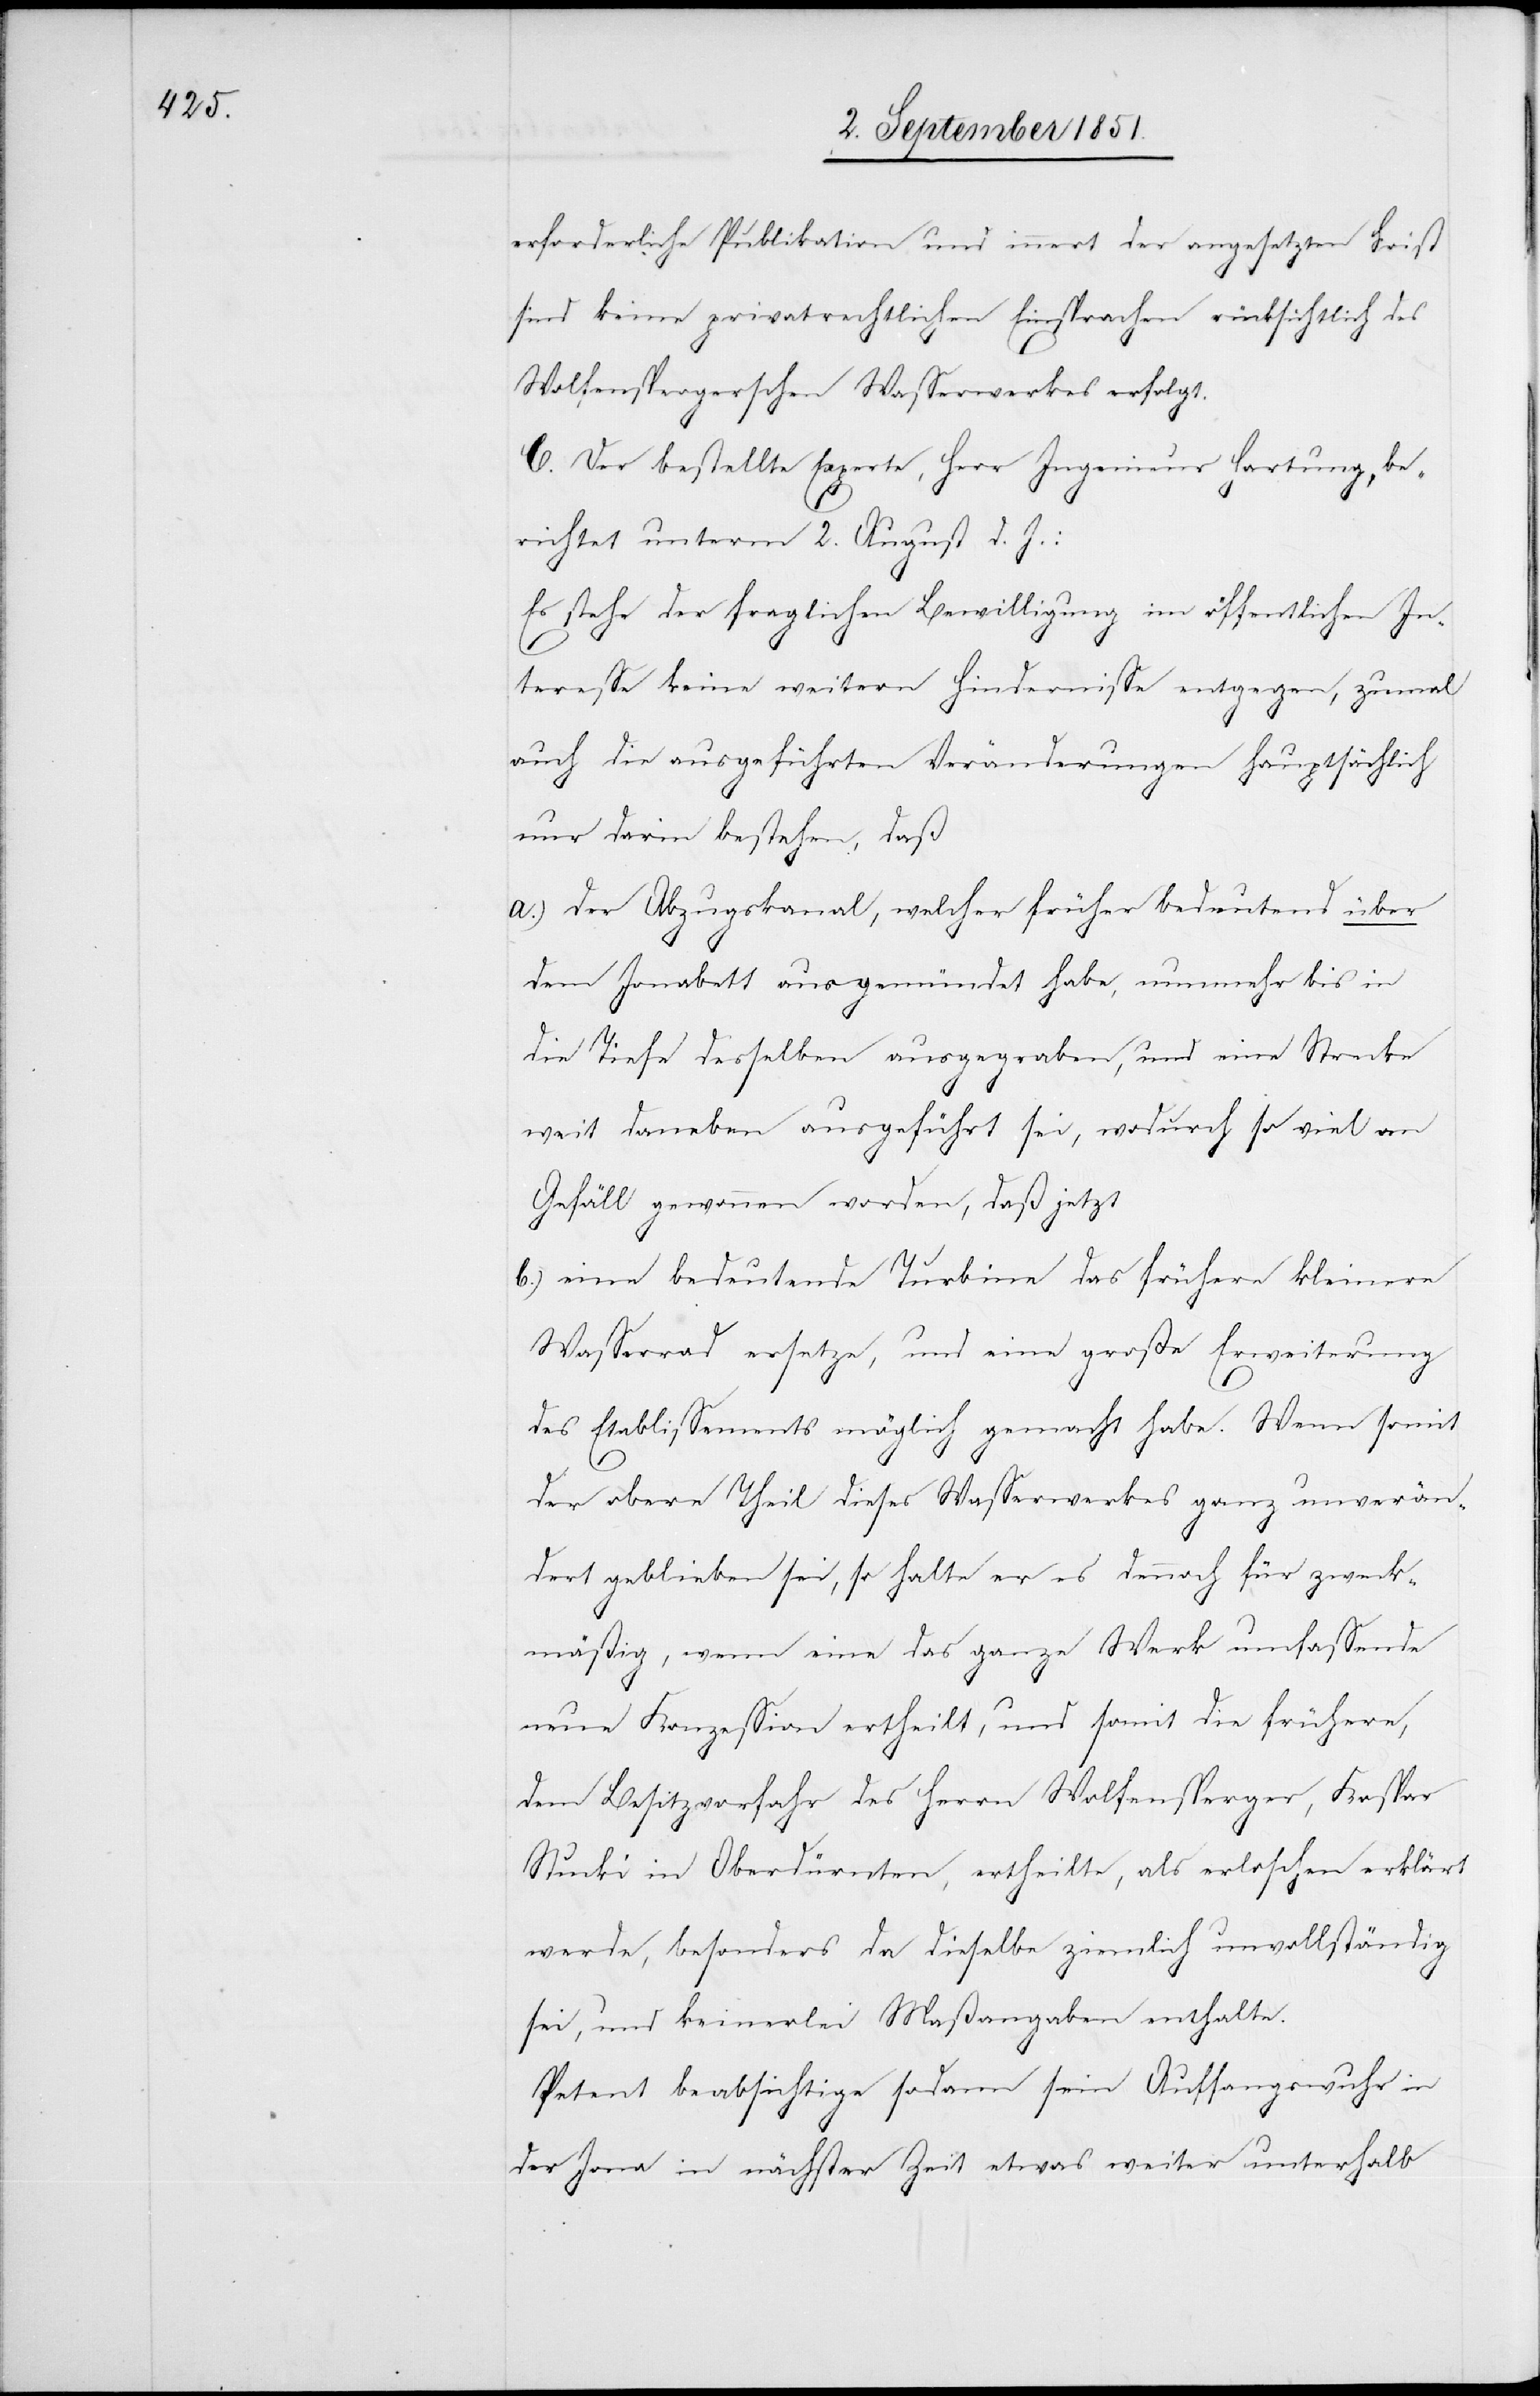
erforderliche Publikation und innert der angesetzten Frist
sind keine privatrechtlichen Einsprachen rücksichtlich des
Wolfenspergerschen Wasserwerkes erfolgt.
C. Der bestellte Experte, Herr Ingenieur Hartung, be¬
richtet unterm 2. August d. J.:
Es stehe[n] der fraglichen Bewilligung im öffentlichen In¬
b.)
teresse keine weitern Hindernisse entgegen, zumal
auch die ausgeführten Veränderungen hauptsächlich
nur darin bestehen, daß
der Abzugskanal, welcher früher bedeutend über
erän¬
dem Jonabett ausgemündet habe, nunmehr bis in
die Tiefe desselben ausgegraben, und eine Strecke
weit daneben ausgeführt sei, wodurch so viel an
Gefäll gewonnen worden, daß jetzt
eine bedeutende Turbine das frühere kleinere
Wasserrad ersetze, und eine große Erweiterung
des Etablissements möglich gemacht habe. Wenn somit
dert geblieben sei, so halte er es dennoch für zweck¬
mäßig, wenn eine das ganze Werk umfassende
neue Konzession ertheilt, und somit die frühere,
dem Besitzvorfahr des Herrn Wolfensperger, Kaspar
Stucki in Oberdürnten, ertheilte, als erloschen erklärt
werde, besonders da dieselbe ziemlich unvollständig
sei, und keinerlei Maßangaben enthalte.
Petent beabsichtige sodann sein Auffangswuhr in
der Jona in nächster Zeit etwas weiter unterhalb